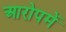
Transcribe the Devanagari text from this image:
आरोपमें